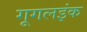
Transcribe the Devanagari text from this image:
गूगलइंक